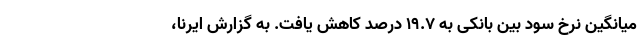
میانگین نرخ سود بین بانکی به ۱۹.۷ درصد کاهش یافت. به گزارش ایرنا،